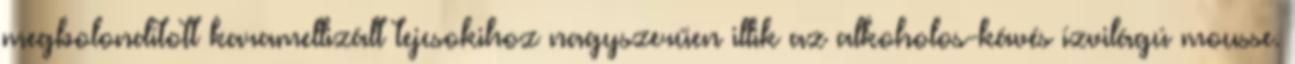
megbolondított karamellizált tejcsokihoz nagyszerűen illik az alkoholos-kávés ízvilágú mousse.